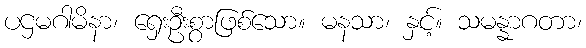
ပဌမဂါမိနာ၊ ရှေးဦးစွာဖြစ်သော။ မနသာ၊ နှင့်။ သမန္နာဂတာ၊